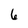
Character: 6